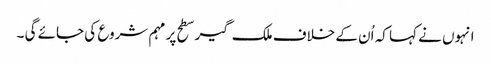
انہوں نے کہا کہ اُن کے خلاف ملک گیر سطح پر مہم شروع کی جائے گی ۔